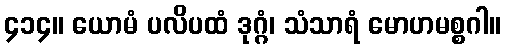
၄၁၄။ ယောမံ ပလိပထံ ဒုဂ္ဂံ၊ သံသာရံ မောဟမစ္စဂါ။